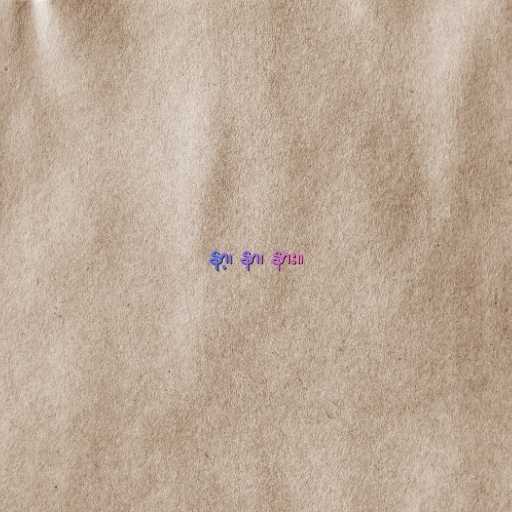
နာ့၊ နာ၊ နား။